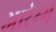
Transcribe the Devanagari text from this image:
आरंभ्भ